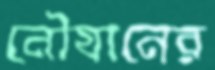
নৌযানের